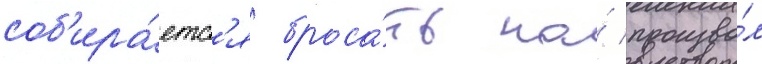
соб'ира́етс'я броса́ть на́ произво́л